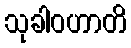
သုခါဝဟာတိ